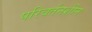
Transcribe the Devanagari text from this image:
परिवर्तनशीन